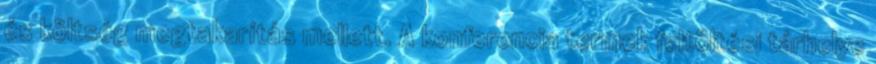
és költség megtakarítás mellett. A konferencia termek feltöltési tárhelye